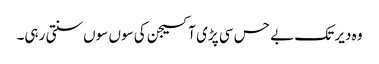
وہ دیر تک بے حس سی پڑی آکسیجن کی سوں سوں سنتی رہی۔